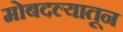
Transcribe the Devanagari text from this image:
मोबदल्यातून